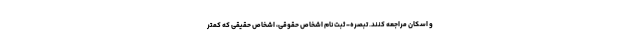
و اسکان مراجعه کنند. تبصره- ثبت نام اشخاص حقوقی، اشخاص حقیقی که کمتر